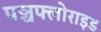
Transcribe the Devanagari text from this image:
पञ्चफ्लोराइड